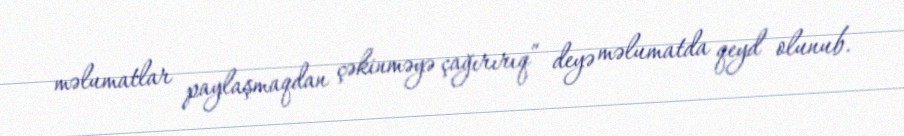
məlumatlar paylaşmaqdan çəkinməyə çağırırıq” deyə məlumatda qeyd olunub.